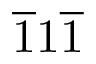
\overline { { 1 } } 1 \overline { { 1 } }